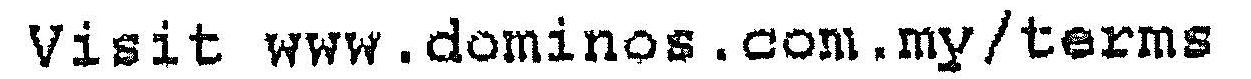
VISIT WWW.DOMINOS.COM.MY/TERMS